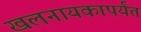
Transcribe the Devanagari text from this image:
खलनायकापर्यंत